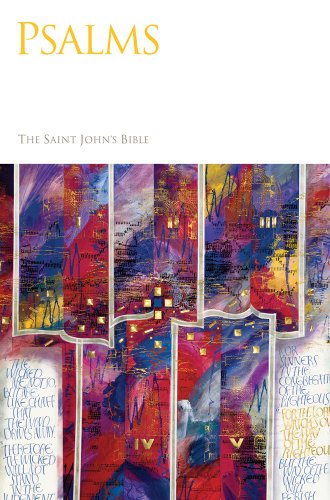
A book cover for Saint John's Bible: Psalms; Religion & Spirituality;